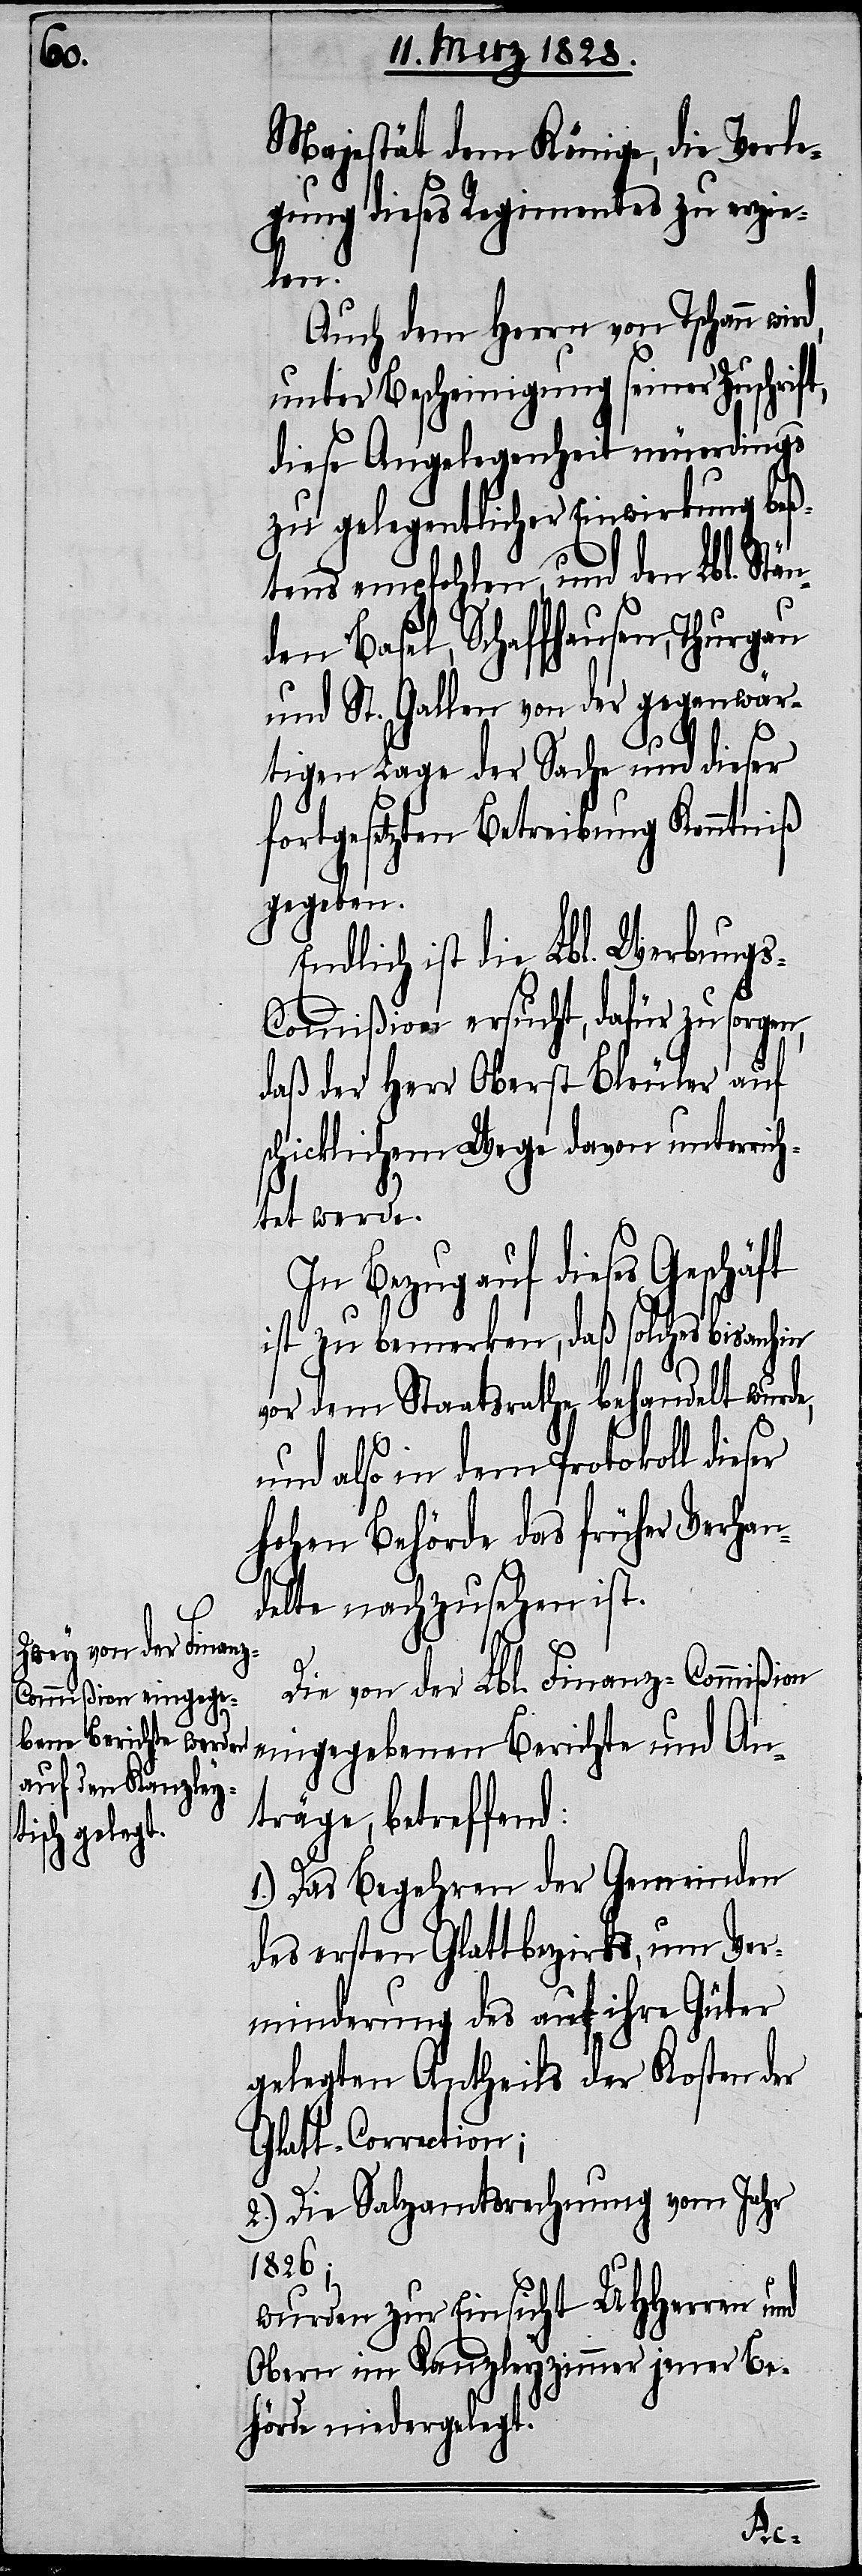
Majestät dem Könige, die Verle¬
gung dieses Regiments zu erzie¬
len.
Auch dem Herrn von Tschann wir¬
unter Bescheinigung seiner Zuschrif¬
diese Angelegenheit neuerdings
zu gelegentlicher Einwirkung beß¬
tens empfohlen, und den Lbl. Stän¬
den Basel, Schaffhausen, Thurgau
und St. Gallen von der gegenwär¬
tigen Lage der Sache und dieser
fortgesetzten Betreibung Kenntniß
gegeben.
Endlich ist die Lbl. Werbung¬
s-Commißion ersucht, dafür zu sorgen,
daß der Herr Oberst Bleuler auf
schicklichem Wege davon unterrich¬
tet werde.
In Bezug auf dieses Geschäft
ist zu bemerken, daß solches bis anhin
von dem Staatsrathe behandelt wurde,
und also in dem Protokoll dieser
hohen Behörde das früher Verhan¬
t,
delte nachzusehen ist.
Die von der Lbl. Finanz-Commißion
eingegebenen Berichte und An¬
träge, betreffend:
1.) Das Begehren der Gemeinden
des ersten Glattbezirks, um Ver¬
minderung des auf ihre Güter
gelegten Antheils der Kosten der
Glatt-Correction;
2.) Die Salzamtsrechnung vom Jahr
1826;
wurden zur Einsicht UHHerren und
Obern im Kanzleyzimmer jener Be¬
hörde niedergelegt.